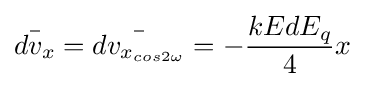
{\bar {dv_{x}}}={\bar {dv_{x_{cos2\omega }}}}=-{\frac {kEdE_{q}}{4}}x